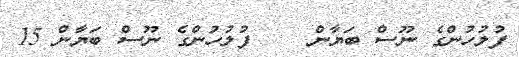
ފުލުހުންގެ ނޫސް ބަޔާން    ފުލުހުންގެ ނޫސް ބަޔާން 15